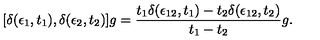
[ \delta ( \epsilon _ { 1 } , t _ { 1 } ) , \delta ( \epsilon _ { 2 } , t _ { 2 } ) ] g = { \frac { t _ { 1 } \delta ( \epsilon _ { 1 2 } , t _ { 1 } ) - t _ { 2 } \delta ( \epsilon _ { 1 2 } , t _ { 2 } ) } { t _ { 1 } - t _ { 2 } } } g .